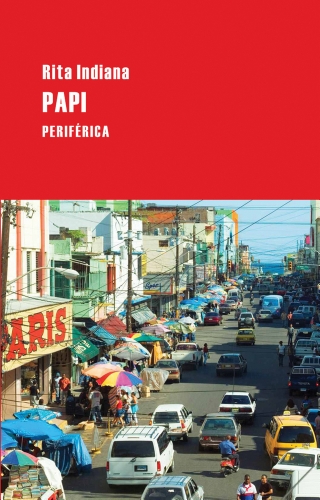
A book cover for Papi (Largo Recorrido) (Spanish Edition); Rita Indiana; Literature & Fiction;